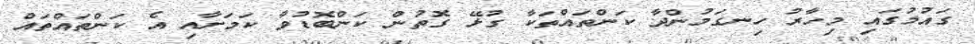
ގައުމުގައި މިހާރު ހިނގަމުންދާ ކަންތައްތަކާ ގުޅޭ ގޮތުން ކަންބޮޑުވާ ކަމަށާއި އެ ކަންތައްތައް